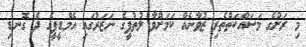
މި ރަށުގެ މަސައްކަތްތެރި ޒުވާނެއް ކަމަށްވާ ލުތުފީގެ ނަޒަރުގައި އެމްޑީޕީގެ ދެ ގޮނޑި